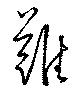
難